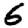
Digit: 6